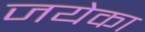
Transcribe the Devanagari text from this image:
जयेका